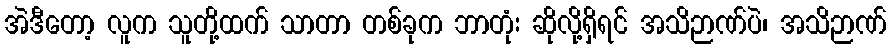
အဲဒီတော့ လူက သူတို့ထက် သာတာ တစ်ခုက ဘာတုံး ဆိုလို့ရှိရင် အသိဉာဏ်ပဲ၊ အသိဉာဏ်